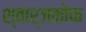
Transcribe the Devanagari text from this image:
श्वार्जकोफ